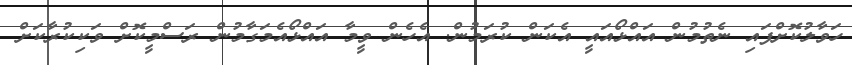
ހަވާލުކޮށްފައި ނެތުމުން އައްޅޯއައީ އެކަން ކުރަމުން. އެހެން ވީމާ އައްޅޯއެމަގާމުން ރަސްމީކޮށް ވަކިކުރާކަށް